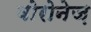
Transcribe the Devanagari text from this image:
वोरोनेज़